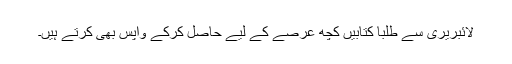
لائبریری سے طلبا کتابیں کچھ عرصے کے لیے حاصل کرکے واپس بھی کرتے ہیں۔